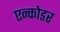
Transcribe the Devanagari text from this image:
एन्कोडर